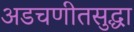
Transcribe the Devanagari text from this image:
अडचणीतसुद्धा